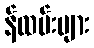
န်ထမ်းများ